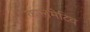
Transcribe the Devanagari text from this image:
कालमेटिव